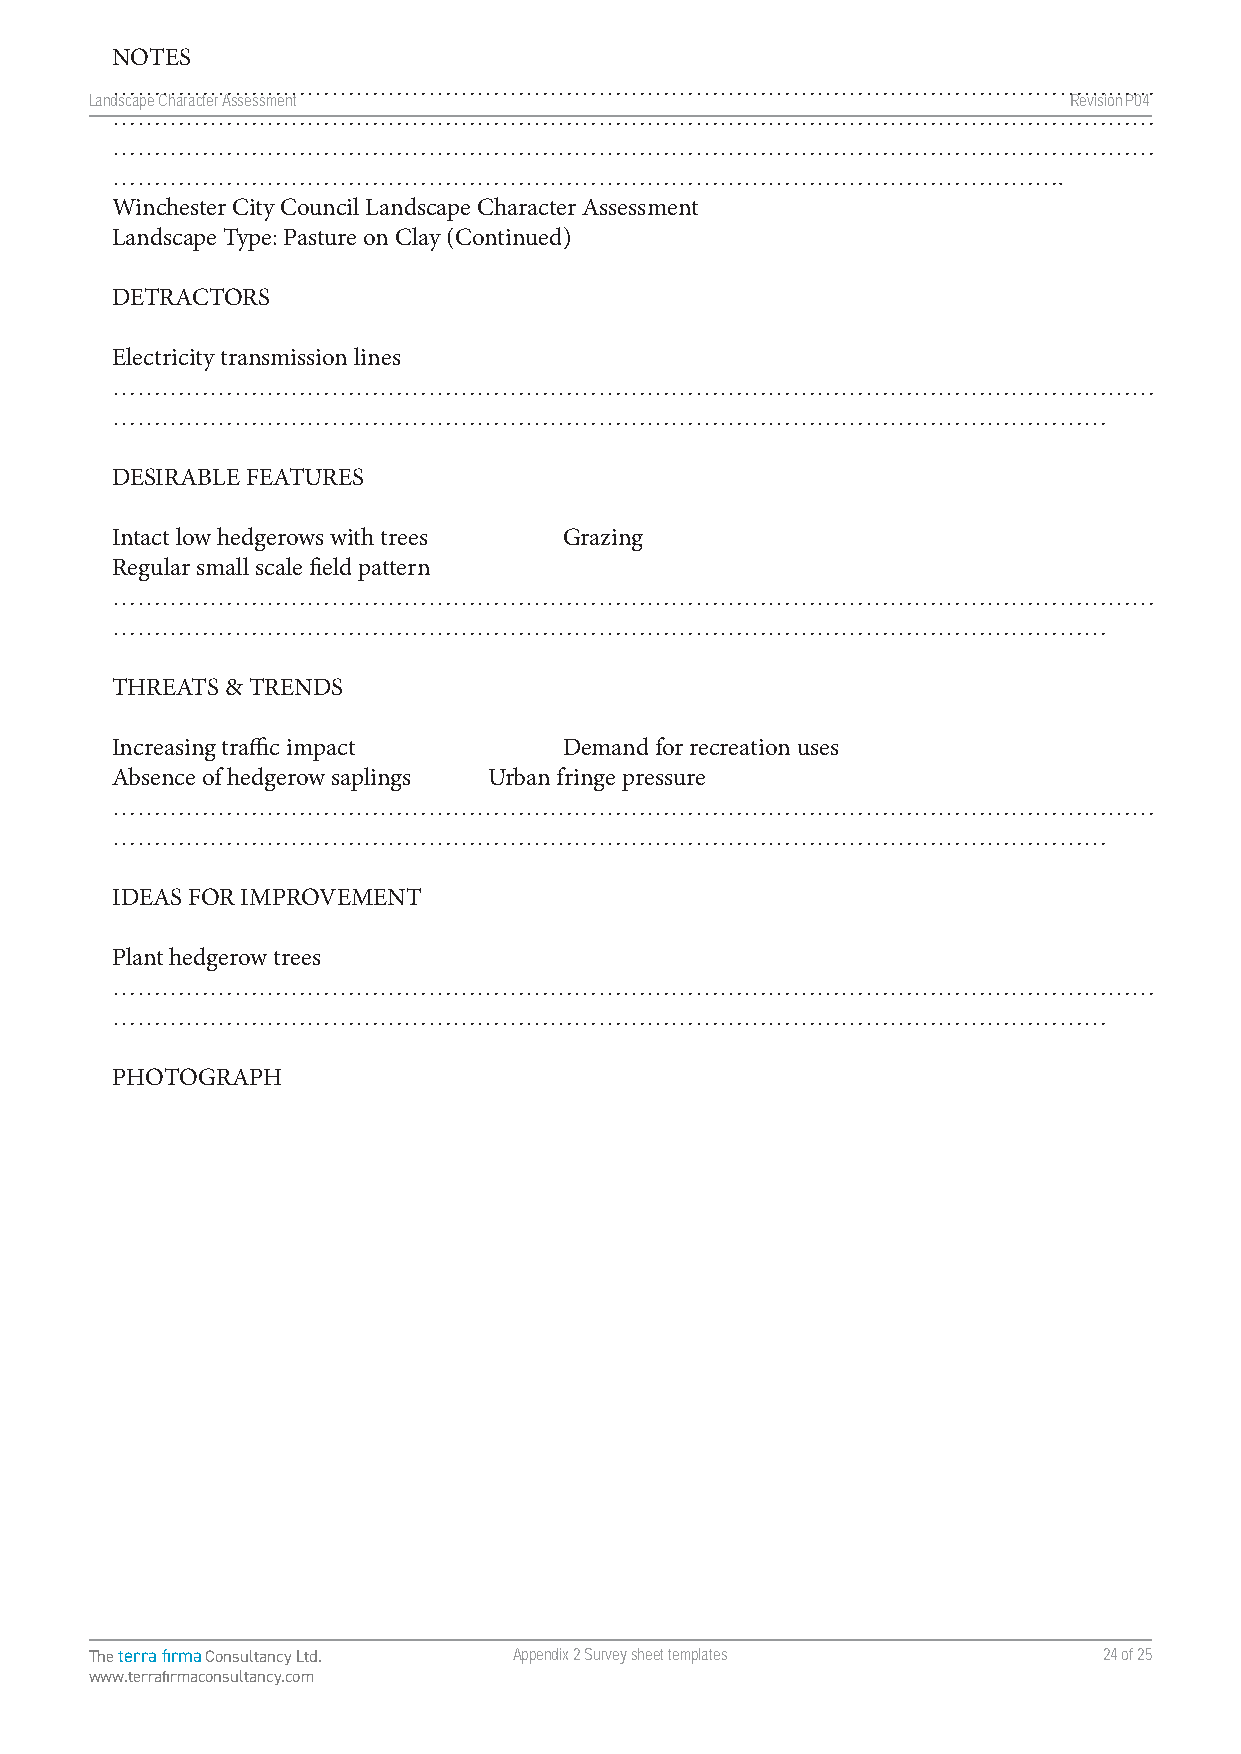
NOTES
 …………………………………………………………………………………………………………………
 Landscape Character Assessment                                   RevisionP047
 …………………………………………………………………………………………………………………
 …………………………………………………………………………………………………………………
 ……………………………………………………………………………………………………….
 Winchester City Council Landscape Character Assessment
 Landscape Type: Pasture on Clay (Continued)
 DETRACTORS
 Electricity transmission lines
 …………………………………………………………………………………………………………………
 ……………………………………………………………………………………………………………
 DESIRABLE FEATURES
 Intact low hedgerows with trees Grazing
 Regular small scale field pattern
 …………………………………………………………………………………………………………………
 ……………………………………………………………………………………………………………
 THREATS & TRENDS
 Increasing traffic impact     Demand for recreation uses
 Absence of hedgerow saplings Urban fringe pressure
 …………………………………………………………………………………………………………………
 ……………………………………………………………………………………………………………
 IDEAS FOR IMPROVEMENT
 Plant hedgerow trees
 …………………………………………………………………………………………………………………
 ……………………………………………………………………………………………………………
 PHOTOGRAPH
 The terra firma Consultancy Ltd. Appendix 2 Survey sheet templates 24 of 25
 www.terrafirmaconsultancy.com